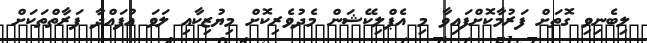
ލިބެނިވި ގޮތަށް ފަރުމާކޮށްފައިވާ މި އެޕްލިކޭޝަން މެދުވެރިކޮށް މިޔުޒިކާއި ލަވަ އުފައްދާ ފަރާތްތަކަށް